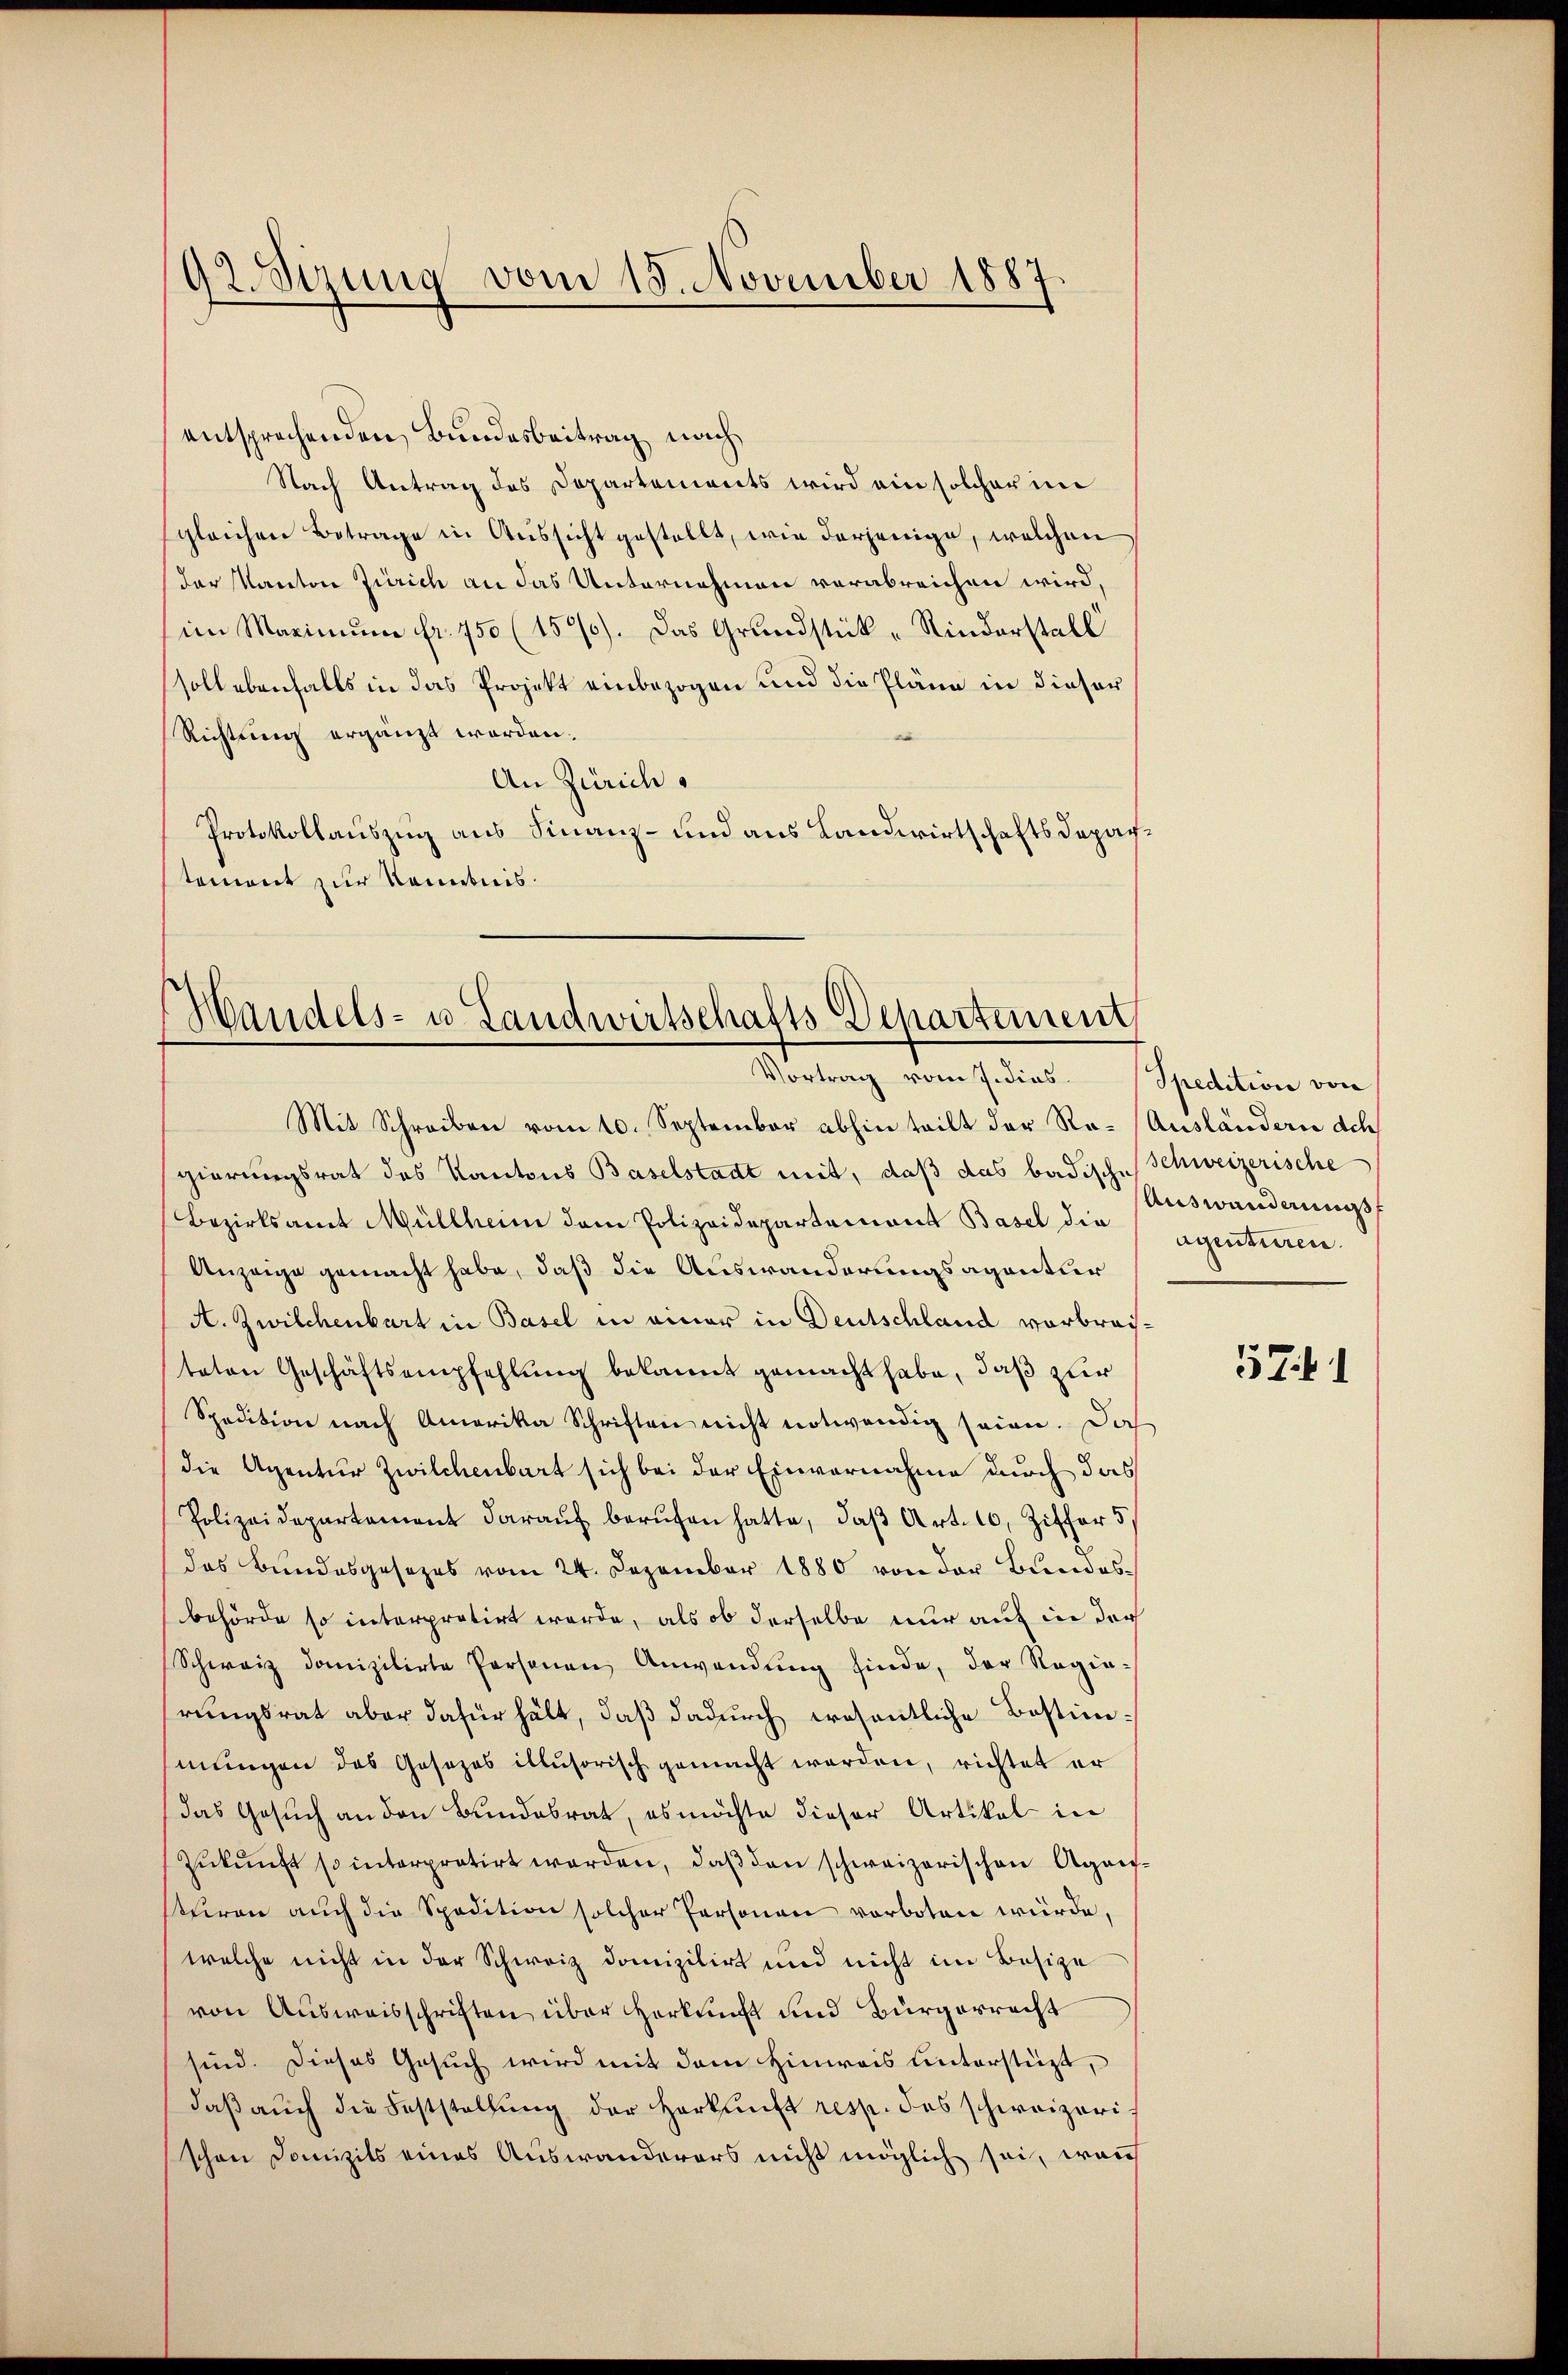
92. Sizung vom 15. November 1887

entsprechenden Bundesbeitrag nach
Nach Antrag des Departements wird ein solcher im
sgleichen Betrage in Aussicht gestellt, wie derjenige, welchen
der Kanton Zürich an das Unternehmen verabreichen wird,
im Marinum fr. 750 (157). Das Grundstück - Rinderstell
soll ebenfalls in das Projekt einbezogen und die Pläne in dieser
Richtung ergänzt worden.
An Zürich.
Protokollauszug aus Finanz- und aus Landwirtschaftsdepartement zur Kenntnis.

Handels- u. Landwirtschafts Departement
Vortrag vom 7. dies. Spedition von

Mit Schreiben vom 10. September abhin teilt der Ro- (Ausländern dch
gierungsrat des Kantons Baselstadt mit, daß das badische Schweizerische
Bezirksamt Müllheim dem Polizeidepartement Basel die
Anzeige gemacht habe, daß die Auswanderungsagantier
A. Zwilchenbart in Basel in einer in Deutschland vorbrachteten Geschäftsempfehlung bekannt gemacht habe, daß zur
Spedition nach Amerika Schriften nicht notwendig seien. Daß
(die Agentur Zwilchenbart sich bei der Einvernahme durch das
Polizeidepartament daraŭf berŭfen hatte, daβ Art. 10, Ziffer 5.
das Bundesgesezes vom 24. Dezember 1880 von der Bundesbehörde so interpretirt werde, als ob derselbe nur auf in der
Schweiz domizilirte Personen Anwendung finde, der Regie-
hrungsrat aber dafür hält, daß dadurch wesentliche Bestimmungen das Gesezes illusorisch gemacht werden, richtet er
das Gesuch an den Bundesrat, es möchte dieser Artikel in
Zŭkŭnft so interpretirt werden, daβ den schweizerischen Agansturen auch die Spedition solcher Personen verboten würde.
welche nicht in der Schweiz domizilirt und nicht im Besize
von Ausweisschriften über Herkunft und Bürgerrecht
sind. Dieses Gesuch wird mit dem Hinweis unterstüzt,
daβ aŭch die Feststellŭng der Herkunft resp. des schweizerischon Domizils eines Auswanderers nicht möglich sei, wenn

Auswandnungs
aquuturen

571